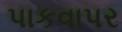
પાકવાપર